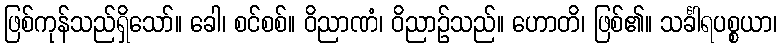
ဖြစ်ကုန်သည်ရှိသော်။ ခေါ၊ စင်စစ်။ ဝိညာဏံ၊ ဝိညာဉ်သည်။ ဟောတိ၊ ဖြစ်၏။ သင်္ခါရပစ္စယာ၊